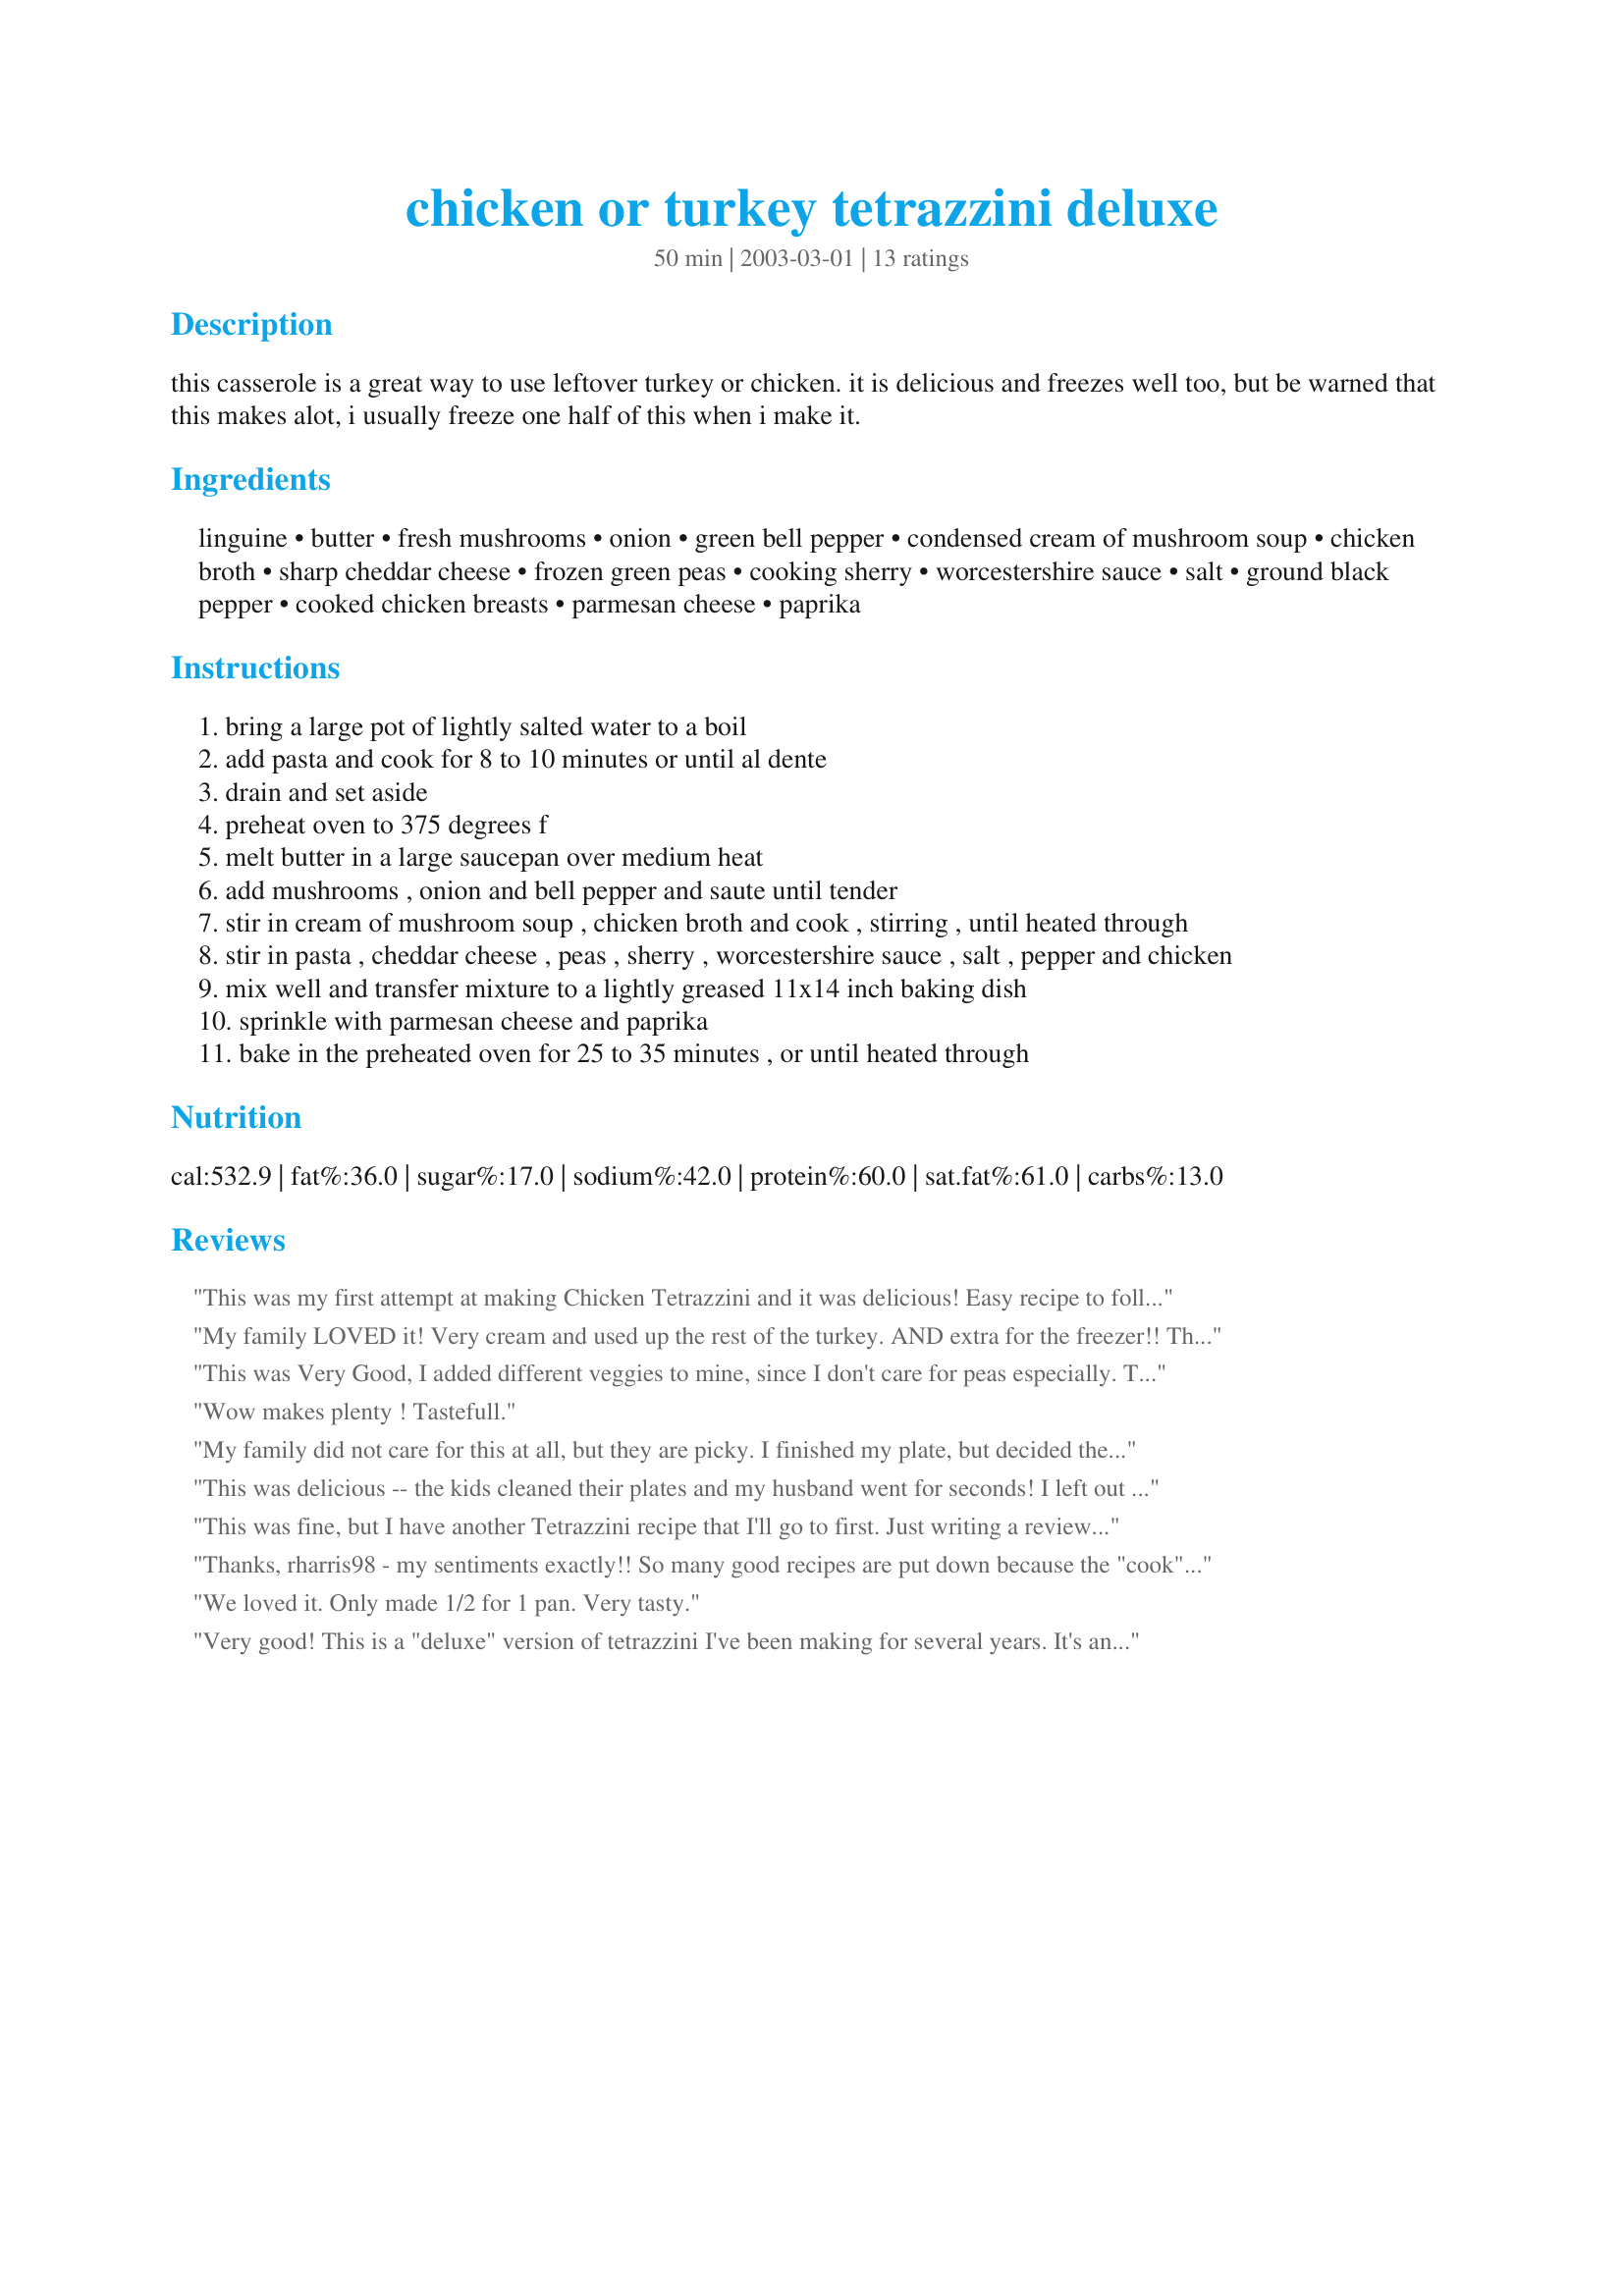
chicken or turkey tetrazzini deluxe
Preparation time: 50 minutes

this casserole is a great way to use leftover turkey or chicken. it is delicious and freezes well too, but be warned that this makes alot, i usually freeze one half of this when i make it.

Ingredients:
linguine, butter, fresh mushrooms, onion, green bell pepper, condensed cream of mushroom soup, chicken broth, sharp cheddar cheese, frozen green peas, cooking sherry, worcestershire sauce, salt, ground black pepper, cooked chicken breasts, parmesan cheese, paprika

Steps:
bring a large pot of lightly salted water to a boil
add pasta and cook for 8 to 10 minutes or until al dente
drain and set aside
preheat oven to 375 degrees f
melt butter in a large saucepan over medium heat
add mushrooms , onion and bell pepper and saute until tender
stir in cream of mushroom soup , chicken broth and cook , stirring , until heated through
stir in pasta , cheddar cheese , peas , sherry , worcestershire sauce , salt , pepper and chicken
mix well and transfer mixture to a lightly greased 11x14 inch baking dish
sprinkle with parmesan cheese and paprika
bake in the preheated oven for 25 to 35 minutes , or until heated through

Reviews:
This was my first attempt at making Chicken Tetrazzini and it was delicious! Easy recipe to follow, very tasty, reheated well and was just as good leftover. I cut the recipe in 1/2 since it is only me and my husband, and the only changes I made were using the "heart healthy" cream of mushroom soup and white wine instead of sherry, because those were the items I had on hand. Very delicious recipe! Thanks!
My family LOVED it! Very cream and used up the rest of the turkey. AND extra for the freezer!! Thanks!
This was Very Good, I added different veggies to mine, since I don't care for peas especially. This can easily be adjusted or changed and I like that alot. The below poster needs to learn that you shouldn't lower a rating on a recipe when in fact your family is 'just picky'. Sorry...but that really irks me on ALOT of recipes I see. If you 'can't cook' or 'your family' is picky...then maybe you shouldn't even rate the recipe...you think?? Anyway, thanks for the recipe...I'll be trying some more!
Wow makes plenty ! Tastefull.
My family did not care for this at all, but they are picky. I finished my plate, but decided then not to make it again. Just a personal preference.
This was delicious -- the kids cleaned their plates and my husband went for seconds! I left out the peppers (DH and the kids all hate them, unfortunately) and I used one can of cream of mushroom and one can of cream of chicken since that's what I had. Otherwise I didn't change anything... great recipe!
This was fine, but I have another Tetrazzini recipe that I'll go to first. Just writing a review so I don't make it again. To high in fat. Didn't like it the second day.
Thanks, rharris98 - my sentiments exactly!! So many good recipes are put down because the "cook" involved can't follow a list of ingredients or directions - kudos! Of course, we all may change up a recipe, but don't mark it down because you don't like an ingredient....
We loved it. Only made 1/2 for 1 pan. Very tasty.
Very good! This is a "deluxe" version of tetrazzini I've been making for several years. It's an improvement on what was all ready a good thing. I did make a couple minor changes. Instead of linguine, I used Reames Frozen Egg Noodles (gotta love 'em), 1/4 cup butter, and dry white wine instead of sherry. This is now my new stand-by tetrazzini recipe. Thank you, Becky! :)
Out of all the Tetrazzini recipes on the Zaar I chose this one because it looked like a good combination of ease, taste, and balanced nutrition. It did not disappoint! I made a few changes based on preference and what I had on hand; I used cubed left-over Easter Ham, whole grain angel hair pasta, reduced fat/sodium creamed soup, 2% milk cheddar cheese, and snow peas cut in half. For the topping I mixed bread crumbs, Parmesan, and paprika, then sprayed the casserole with some Pam on top-- this yielded a nice crunchy topping. Everyone was VERY pleased with how the entire dish turned out. Will certainly be making this again!
This is very,very good. I must admit I had to sub a few things that I was out of, but it is a very adaptable recipe. I used wheat linguine and cream of chicken soup. I omited the sherry (had none) and layered mozzerella cheese instead of combining it with the gravy. I also added 1 chopped pepperochini for a little heat. This is the best chicken casserole I've made in a long time evidently......DH ate 2 helpings!! I hope my changes didn't effect the oringinal taste as it was intended....but we really enjoyed it. thanks....Donna
